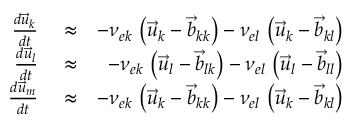
\begin{array} { r l r } { \frac { d \vec { u } _ { k } } { d t } } & { { } \approx } & { - \nu _ { e k } \, \left( \vec { u } _ { k } - \vec { b } _ { k k } \right) - \nu _ { e l } \, \left( \vec { u } _ { k } - \vec { b } _ { k l } \right) } \\ { \frac { d \vec { u } _ { l } } { d t } } & { { } \approx } & { - \nu _ { e k } \, \left( \vec { u } _ { l } - \vec { b } _ { l k } \right) - \nu _ { e l } \, \left( \vec { u } _ { l } - \vec { b } _ { l l } \right) } \\ { \frac { d \vec { u } _ { m } } { d t } } & { { } \approx } & { - \nu _ { e k } \, \left( \vec { u } _ { k } - \vec { b } _ { k k } \right) - \nu _ { e l } \, \left( \vec { u } _ { k } - \vec { b } _ { k l } \right) } \end{array}